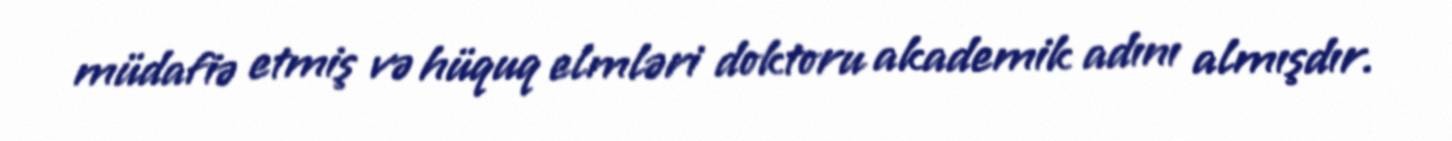
müdafiə etmiş və hüquq elmləri doktoru akademik adını almışdır.